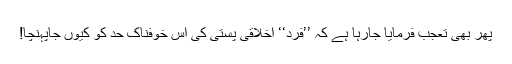
پھر بھی تعجب فرمایا جارہا ہے کہ ’’فرد‘‘ اخلاقی پستی کی اِس خوفناک حد کو کیوں جاپہنچا!